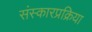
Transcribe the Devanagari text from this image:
संस्कारप्रक्रिया